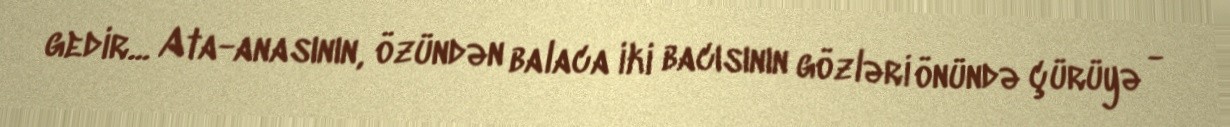
gedir... Ata-anasının, özündən balaca iki bacısının gözləri önündə çürüyə -